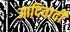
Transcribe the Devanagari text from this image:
आदिवादी